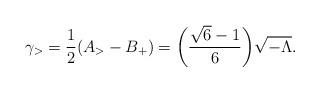
LaTeX: \begin{align*}\gamma_{>} = \frac{1}{2}( A_{>} - B_{+})= \biggl(\frac{ \sqrt{6}-1}{6}\biggr) \sqrt{ - \Lambda}.\end{align*}